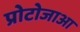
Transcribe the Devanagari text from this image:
प्रोटोजाआ